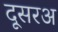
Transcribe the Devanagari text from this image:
दूसरअ